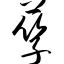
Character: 孳